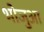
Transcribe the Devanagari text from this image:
भोजुआ